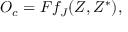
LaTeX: { \cal O } _ { c } = { \cal F } f _ { J } ( Z , Z ^ { \ast } ) ,